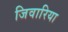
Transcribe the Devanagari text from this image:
जिवारिया